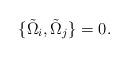
LaTeX: \begin{align*}\{ \tilde{\Omega}_i, \tilde{\Omega}_j \} = 0.\end{align*}